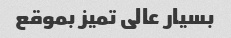
بسیار عالی تمیز بموقع